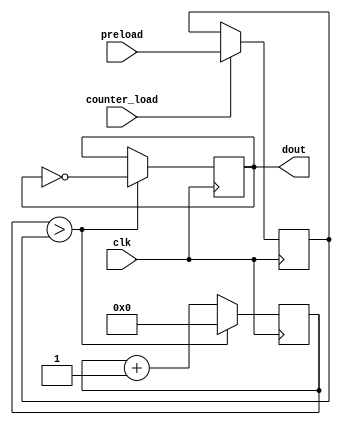
`timescale 1ns / 1ps
//////////////////////////////////////////////////////////////////////////////////
// Company: 
// Engineer: 
// 
// Design Name:    picoVOS
// Module Name:    audio_counter 
// Target Devices: XC3S500E-5FG320 (Spartan3E Starter Kit)
// Tool versions:  ISE 9.1.03i
// Description:    Audio counter inverts when it counts up to the freq_rom output data.
//
// Dependencies: 
//
// Revision: 
// Revision 0.01 - File Created
// Additional Comments: 
//
//////////////////////////////////////////////////////////////////////////////////
module audio_counter(clk, preload, counter_load, dout);
    input clk;
    input [16:0] preload;
    input counter_load;
    output dout;

    reg [16:0] preload_cnt = 17'b0;
    reg [16:0] cnt = 17'b0;
    reg dout = 1'b0;
    
    always @(posedge clk)
    begin
      if (counter_load)
         preload_cnt <= preload;
      else
         preload_cnt <= preload_cnt;
    end
    
    always @(posedge clk)
    begin
      if (cnt > preload_cnt) begin
         cnt <= 17'b0;
         dout <= ~dout;
      end   
      else begin
         cnt <= cnt + 1;  
         dout <= dout;
      end   
    end


endmodule